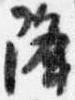
降